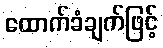
ထောက်ခံချက်ဖြင့်